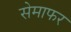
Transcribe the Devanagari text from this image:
सेमाफर